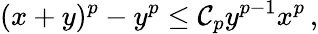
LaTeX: (x+y)^{p}-y^{p}\leq\mathcal{C}_{p}y^{p-1}x^{p}\, ,